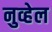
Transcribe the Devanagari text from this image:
नुव्हेल